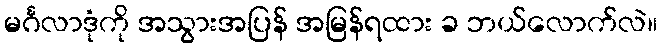
မင်္ဂလာဒုံကို အသွားအပြန် အမြန်ရထား ခ ဘယ်လောက်လဲ။